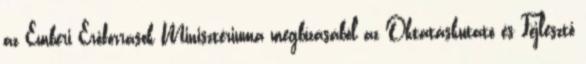
az Emberi Erőforrások Minisztériuma megbízásából az Oktatáskutató és Fejlesztő